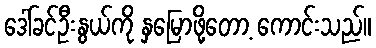
ဒေါ်ခင်ဦးနွယ်ကို နှမြောဖို့တော့ ကောင်းသည်။